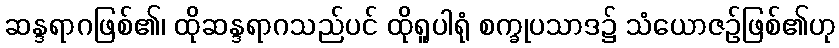
ဆန္ဒရာဂဖြစ်၏၊ ထိုဆန္ဒရာဂသည်ပင် ထိုရူပါရုံ စက္ခုပသာဒ၌ သံယောဇဉ်ဖြစ်၏ဟု